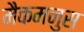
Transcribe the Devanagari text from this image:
मैकमनुस